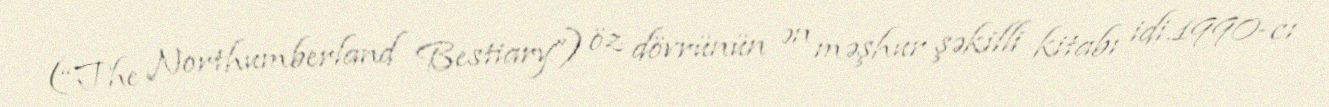
(“The Northumberland Bestiary”) öz dövrünün ən məşhur şəkilli kitabı idi.1990-cı